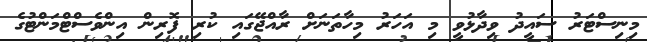
މިނިސްޓަރު ސައީދު ވިދާޅުވީ މި އަހަރު މިހާތަނަށް ރާއްޖޭގައި ކުރި ފޮރިން އިންވެސްޓްމަންޓުގެ